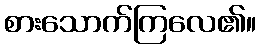
စားသောက်ကြလေ၏။